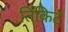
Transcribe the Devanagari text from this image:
तिकिटं